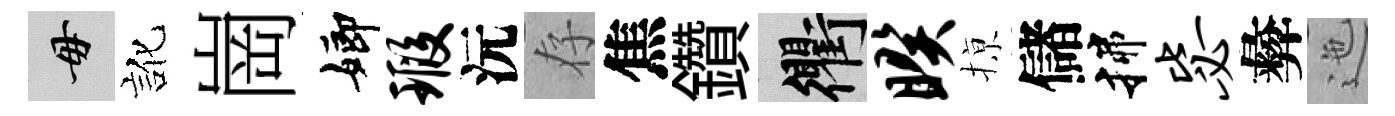
毋訛崗嫏瑕沅存焦鑽衢暌𢱊儲揲毖彜迤